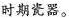
时期瓷器。